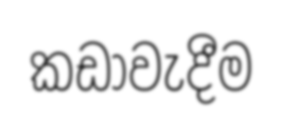
කඩාවැදීම